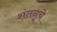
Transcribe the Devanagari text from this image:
शंतनूचे